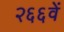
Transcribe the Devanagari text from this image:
२६६वें